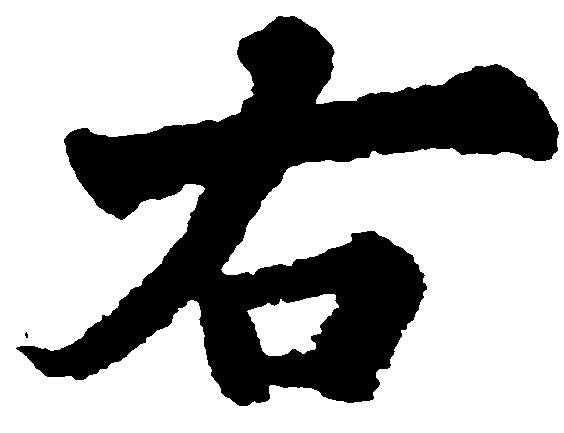
右